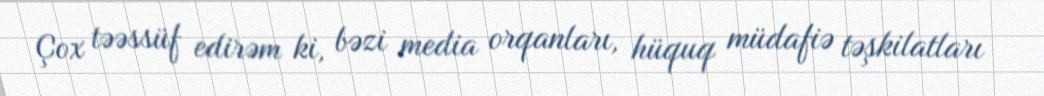
Çox təəssüf edirəm ki, bəzi media orqanları, hüquq müdafiə təşkilatları